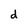
Character: d